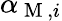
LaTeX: \alpha_{\mathrm{~M~},i}